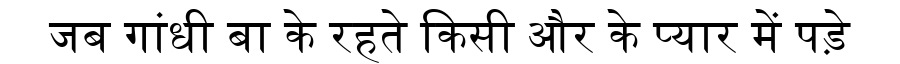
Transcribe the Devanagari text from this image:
जब गांधी बा के रहते किसी और के प्यार में पड़े